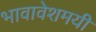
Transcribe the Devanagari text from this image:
भावावेशमयी